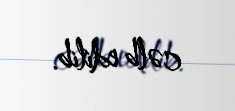
cəlb edilib.